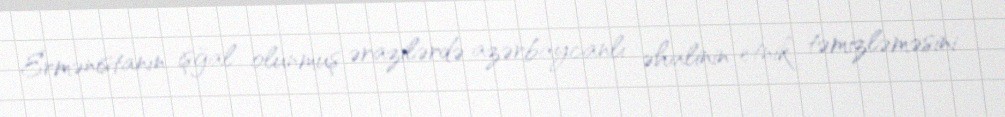
Ermənistanın işğal olunmuş ərazilərdə azərbaycanlı əhalinin etnik təmizləməsini